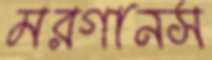
মরগানস